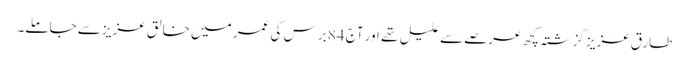
طارق عزیز گزشتہ کچھ عرصے سے علیل تھے اور آج 84 برس کی عمر میں خالق عزیز سے جاملے۔